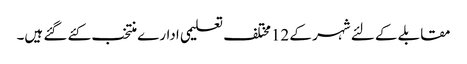
مقابلے کے لئے شہر کے 12مختلف تعلیمی ادارے منتخب کئے گئے ہیں۔